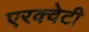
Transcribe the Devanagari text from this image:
एरक्वेटी